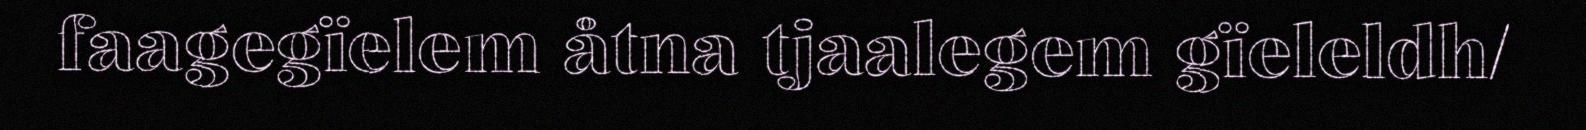
faagegïelem åtna tjaalegem gïeleldh/